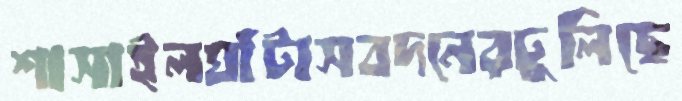
শাসাইলঘাঁটাসবদনেরঢুলিছে